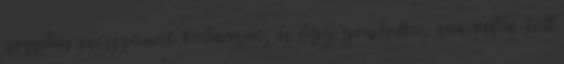
rozsdás szerszámok halmazát, és úgy gondolta, nem velük kell